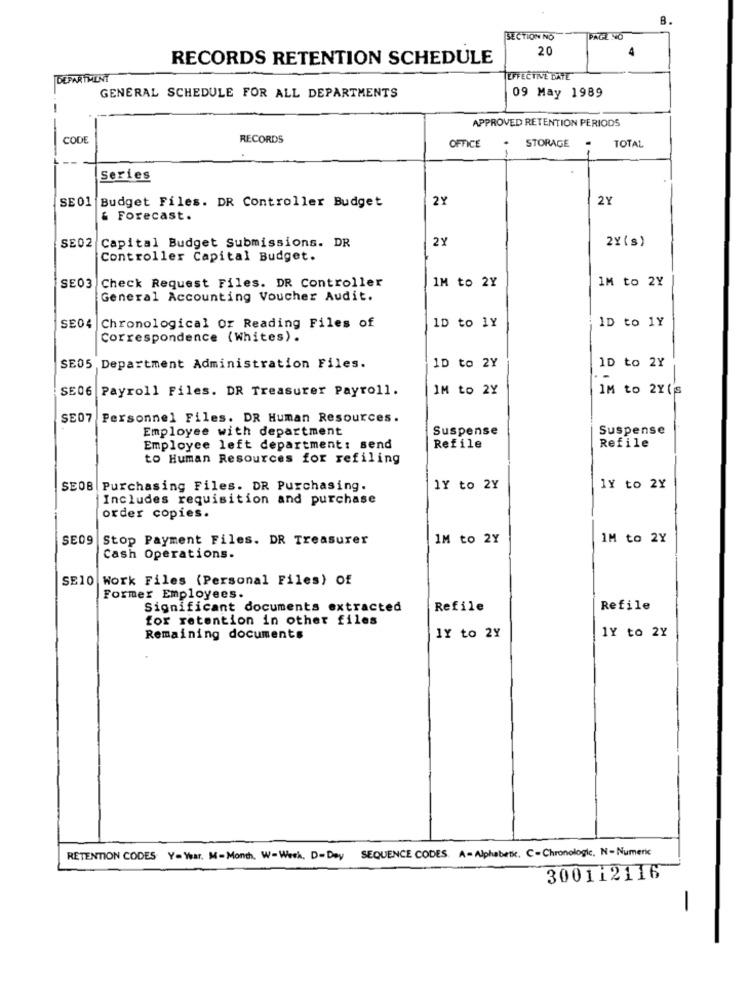
B.
SECTION NO
PAGE NO
20
RECORDS RETENTION SCHEDULE
DEPARTMENT
TEFFECTIVE DATE
GENERAL SCHEDULE FOR ALL DEPARTMENTS
09 May 1989
APPROVED RETENTION PERIODS
CODE
RECORDS
STORAGE
TOTAL
OFFICE
Series
SE01 Budget Files. DR Controller Budget
2Y
2Y
& Forecast.
SE02 Capital Budget Submissions. DR
2Y
2Y(s)
Controller Capital Budget.
SE03 Check Request Files. DR Controller
IM to 2Y
IM to 2Y
General Accounting Voucher Audit.
1D to 1Y
SE04 |Chronological Or Reading Files of
ID to 1Y
Correspondence (Whites) .
SE05
Department Administration Files.
1D to 2Y
1D to 2Y
. -
SE06
Payroll Files. DR Treasurer Payroll.
IM to 2Y
IM to 2Y('S
SE07
Personnel Files. DR Human Resources.
Employee with department
Suspense
Suspense
Employee left department: send
Refile
Refile
to Human Resources for refiling
SEOB Purchasing Files. DR Purchasing.
1Y to 2Y
1Y to 2Y
Includes requisition and purchase
order copies.
SE09
Stop Payment Files. DR Treasurer
IM to 2Y
IM to 2Y
Cash Operations.
SE10 Work Files (Personal Files) Of
Former Employees.
Significant documents extracted
Refile
Refile
for retention in other files
Remaining documents
1Y to 2%
1Y to 2Y
SEQUENCE CODES. A=Alphabetic. C=Chronologic, N-Numeric
RETENTION CODES Y= War. M-Month. W-Week, D- Day
300112116
-